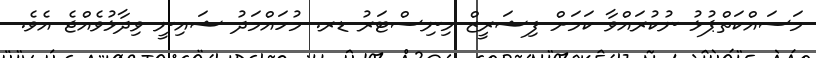
މަސައްކަތްޕުޅު ނުކުރައްވާ ކަމަށް ފިޝަރީޒް މިނިސްޓަރު ޑރ. މުހައްމަދު ޝައިނީ ވިދާޅުވެއްޖެ އެވެ.